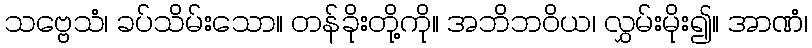
သဗ္ဗေသံ၊ ခပ်သိမ်းသော။ တန်ခိုးတို့ကို။ အဘိဘဝိယ၊ လွှမ်းမိုး၍။ အာဏံ၊